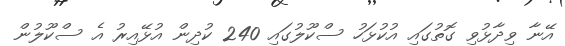
އޭނާ ވިދާޅުވި ގޮތުގައި އުކުޅަހު ސްކޫލުގައި 240 ކުދިން އުޅޭއިރު އެ ސްކޫލުން